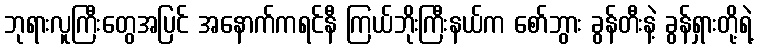
ဘုရားလူကြီးတွေအပြင် အနောက်ကရင်နီ ကြယ်ဘိုးကြီးနယ်က စော်ဘွား ခွန်တီးနဲ့ ခွန်ရှားတို့ရဲ့